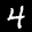
Digit: 4